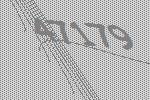
47179